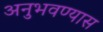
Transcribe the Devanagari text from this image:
अनुभवण्यास